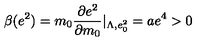
\beta ( e ^ { 2 } ) = m _ { 0 } \frac { \partial e ^ { 2 } } { \partial m _ { 0 } } | _ { \Lambda , e _ { 0 } ^ { 2 } } = a e ^ { 4 } > 0